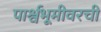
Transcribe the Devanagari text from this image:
पार्श्वभूमीवरची